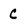
Character: c